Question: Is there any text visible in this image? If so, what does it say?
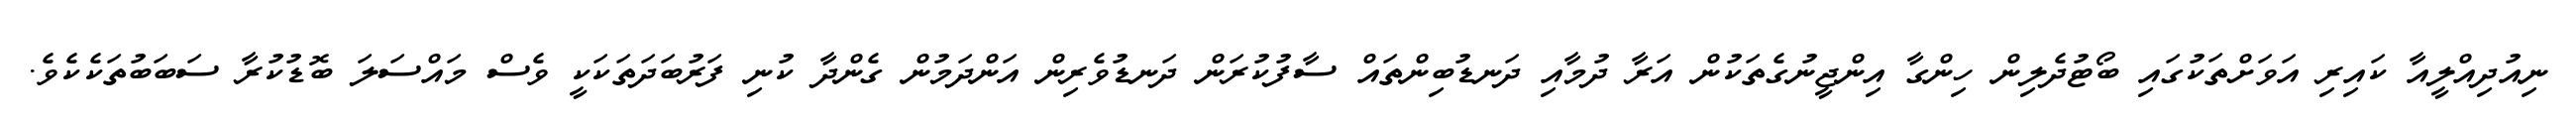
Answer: ނިއުދިއްލީއާ ކައިރި އަވަށްތަކުގައި ބޯޓުދެލިން ހިންގާ އިންޖީނުގެތަކުން އަރާ ދުމާއި ދަނޑުބިންތައް ސާފުކުރަން ދަނޑުވެރިން އަންދަމުން ގެންދާ ކުނި ފަރުބަދަތަކަކީ ވެސް މައްސަލަ ބޮޑުކުރާ ސަބަބުތަކެކެވެ.